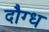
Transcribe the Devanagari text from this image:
दौग्ध